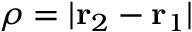
\rho = | \mathbf { r } _ { 2 } - \mathbf { r } _ { 1 } |